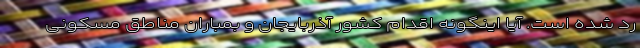
رد شده است. آیا اینگونه اقدام کشور آذربایجان و بمباران مناطق مسکونی